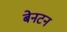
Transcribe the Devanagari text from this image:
बेनटन